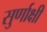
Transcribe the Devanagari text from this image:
सुर्णाक्षी